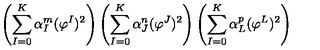
\left( \sum _ { I = 0 } ^ { K } \alpha _ { I } ^ { m } ( \varphi ^ { I } ) ^ { 2 } \right) \left( \sum _ { I = 0 } ^ { K } \alpha _ { J } ^ { n } ( \varphi ^ { J } ) ^ { 2 } \right) \left( \sum _ { I = 0 } ^ { K } \alpha _ { L } ^ { p } ( \varphi ^ { L } ) ^ { 2 } \right)